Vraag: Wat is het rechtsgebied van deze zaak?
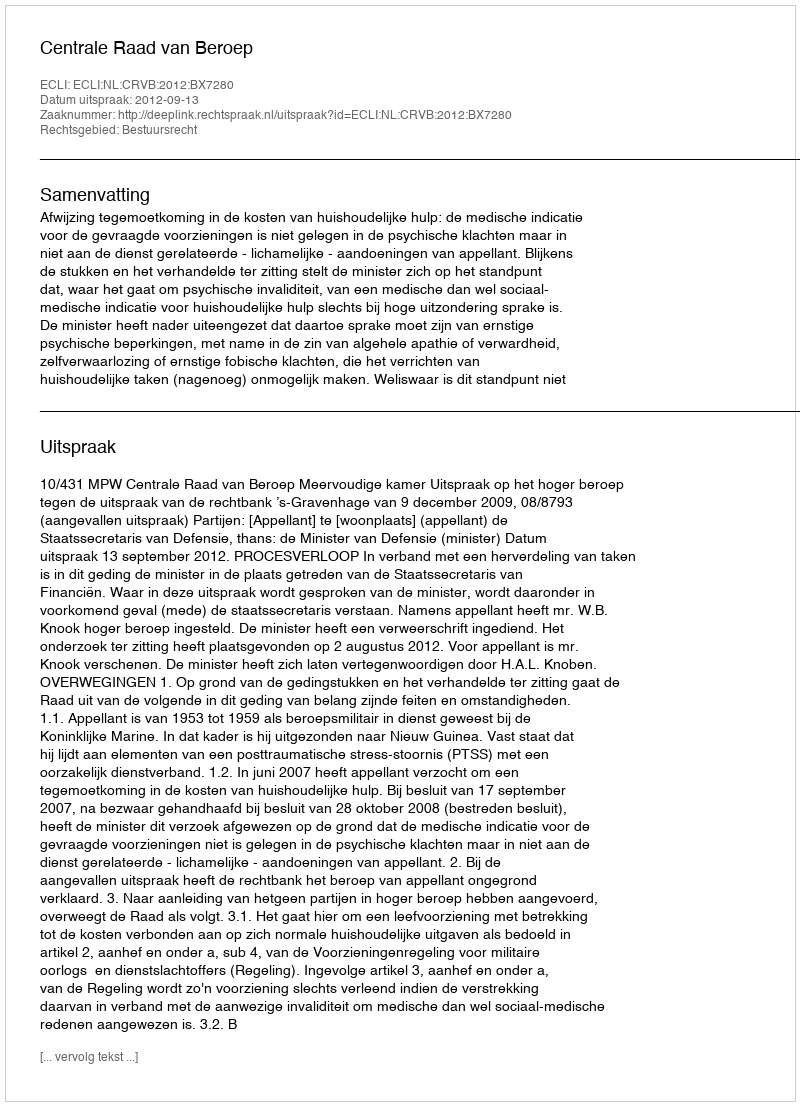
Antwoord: Bestuursrecht